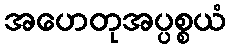
အဟေတုအပ္ပစ္စယံ